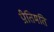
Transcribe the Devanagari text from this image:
प्रीतिमति